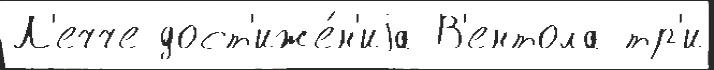
Л'ечче дост'иже́н'иjа В'ентола тр'и